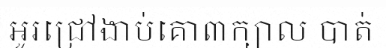
អូរជ្រៅងាប់គោ៣ក្បាល បាត់